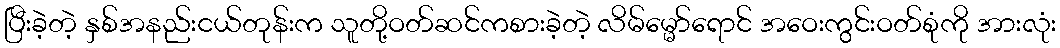
ပြီးခဲ့တဲ့ နှစ်အနည်းငယ်တုန်းက သူတို့ဝတ်ဆင်ကစားခဲ့တဲ့ လိမ်မ္မော်ရောင် အဝေးကွင်းဝတ်စုံကို အားလုံး